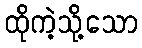
ထိုကဲ့သို့သော